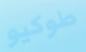
طوكيو